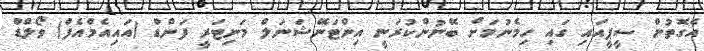
އެގޮތުން ސީޕީއައި ގައި ހިމެނުމަށް ބޭނުންކުރަނީ އިންޓަނޭޝަނަލް މަނިޓަރީ ފަންޑް (އައިއެމްއެފް) ވޯލްޑް